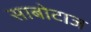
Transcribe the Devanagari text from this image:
साबोटाज